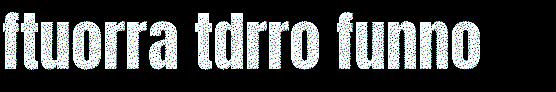
ftuorra tdrro funno